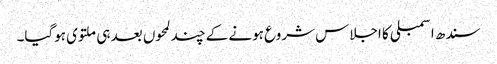
سندھ اسمبلی کا اجلاس شروع ہونے کے چند لمحوں بعد ہی ملتوی ہوگیا۔